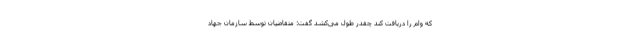
که وام را دریافت کند چقدر طول می‌کشد گفت: متقاضیان توسط سازمان جهاد